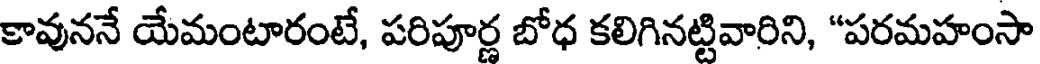
కావుననే యేమంటారంటే, పరిపూర్ణ బోధ కలిగినట్టివారిని, "పరమహంసా